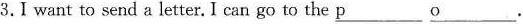
3.I want to send a letter. I can go to the \underline{p} \underline{o}.